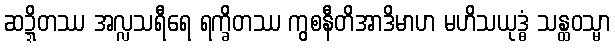
ဆဍ္ဍိတဿ အလ္လသရီရေ ရက္ခိတဿ ကွစနီတိအာဒိမာဟ မဟိသယုဒ္ဓံ သန္ထဝသ္မာ